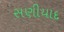
સણીયાદ